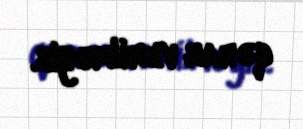
qərar verilməyib.